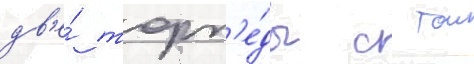
дв'е́ торп'е́ды с тои